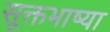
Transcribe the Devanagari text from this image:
सूक्तभाष्या